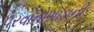
પરવાનોભાડાની